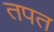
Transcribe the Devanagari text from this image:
तपत